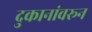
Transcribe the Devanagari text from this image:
दुकानांवरून